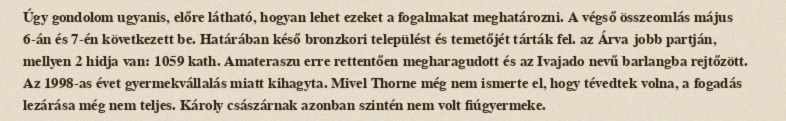
Úgy gondolom ugyanis, előre látható, hogyan lehet ezeket a fogalmakat meghatározni. A végső összeomlás május 6-án és 7-én következett be. Határában késő bronzkori települést és temetőjét tárták fel. az Árva jobb partján, mellyen 2 hidja van: 1059 kath. Amateraszu erre rettentően megharagudott és az Ivajado nevű barlangba rejtőzött. Az 1998-as évet gyermekvállalás miatt kihagyta. Mivel Thorne még nem ismerte el, hogy tévedtek volna, a fogadás lezárása még nem teljes. Károly császárnak azonban szintén nem volt fiúgyermeke.